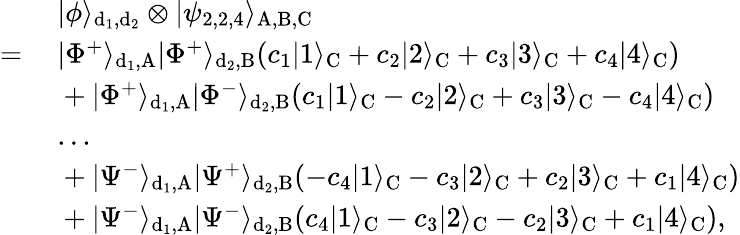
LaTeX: \begin{array}{rl}&{~|\phi\rangle_{\mathrm{d_{1},d_{2}}}\otimes|\psi_{2,2,4}\rangle_{\mathrm{A,B,C}}}\\ {=}&{~|\Phi^{+}\rangle_{\mathrm{d_{1},A}}|\Phi^{+}\rangle_{\mathrm{d_{2},B}}(c_{1}|1\rangle_{\mathrm{C}}+c_{2}|2\rangle_{\mathrm{C}}+c_{3}|3\rangle_{\mathrm{C}}+c_{4}|4\rangle_{\mathrm{C}})}\\ &{~+|\Phi^{+}\rangle_{\mathrm{d_{1},A}}|\Phi^{-}\rangle_{\mathrm{d_{2},B}}(c_{1}|1\rangle_{\mathrm{C}}-c_{2}|2\rangle_{\mathrm{C}}+c_{3}|3\rangle_{\mathrm{C}}-c_{4}|4\rangle_{\mathrm{C}})}\\ &{~...}\\ &{~+|\Psi^{-}\rangle_{\mathrm{d_{1},A}}|\Psi^{+}\rangle_{\mathrm{d_{2},B}}(-c_{4}|1\rangle_{\mathrm{C}}-c_{3}|2\rangle_{\mathrm{C}}+c_{2}|3\rangle_{\mathrm{C}}+c_{1}|4\rangle_{\mathrm{C}})}\\ &{~+|\Psi^{-}\rangle_{\mathrm{d_{1},A}}|\Psi^{-}\rangle_{\mathrm{d_{2},B}}(c_{4}|1\rangle_{\mathrm{C}}-c_{3}|2\rangle_{\mathrm{C}}-c_{2}|3\rangle_{\mathrm{C}}+c_{1}|4\rangle_{\mathrm{C}}),}\end{array}